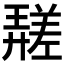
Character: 𱝖